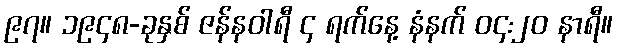
၉၇။ ၁၉၄၈-ခုနှစ် ဇန်နဝါရီ ၄ ရက်နေ့ နံနက် ၀၄:၂၀ နာရီ။